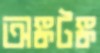
অঙ্কটঙ্ক